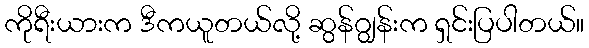
ကိုရီးယားက ဒီကယူတယ်လို့ ဆွန်ဂျွန်းက ရှင်းပြပါတယ်။